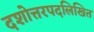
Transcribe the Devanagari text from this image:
दशोत्तरपदलिखित